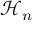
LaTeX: { \mathcal { H } } _ { n }